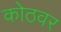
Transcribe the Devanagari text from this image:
कोठवर